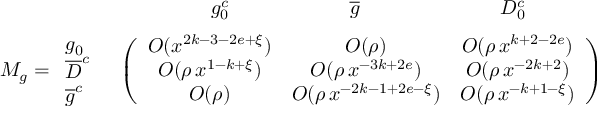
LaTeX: \begin{array} { r l } { { \vphantom { \bigg ( } } } & { { \begin{array} { c c c c } { { \qquad \qquad g _ { 0 } ^ { c } \qquad \qquad } } & { { \quad \overline { { { g } } } \qquad \qquad } } & { { \qquad D _ { 0 } ^ { c } } } & { { } } \end{array} } } \\ { { M _ { g } = \begin{array} { l } { { g _ { 0 } } } \\ { { { \overline { { D } } ^ { c } } } } \\ { { { \overline { { g } } ^ { c } } } } \end{array} } } & { { \left( \begin{array} { c c c } { { O ( x ^ { 2 k - 3 - 2 e + \xi } ) } } & { { O ( \rho ) } } & { { O ( \rho \, x ^ { k + 2 - 2 e } ) } } \\ { { O ( \rho \, x ^ { 1 - k + \xi } ) } } & { { O ( \rho \, x ^ { - 3 k + 2 e } ) } } & { { O ( \rho \, x ^ { - 2 k + 2 } ) } } \\ { { O ( \rho ) } } & { { O ( \rho \, x ^ { - 2 k - 1 + 2 e - \xi } ) } } & { { O ( \rho \, x ^ { - k + 1 - \xi } ) } } \end{array} \right) } } \end{array}